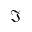
\Im